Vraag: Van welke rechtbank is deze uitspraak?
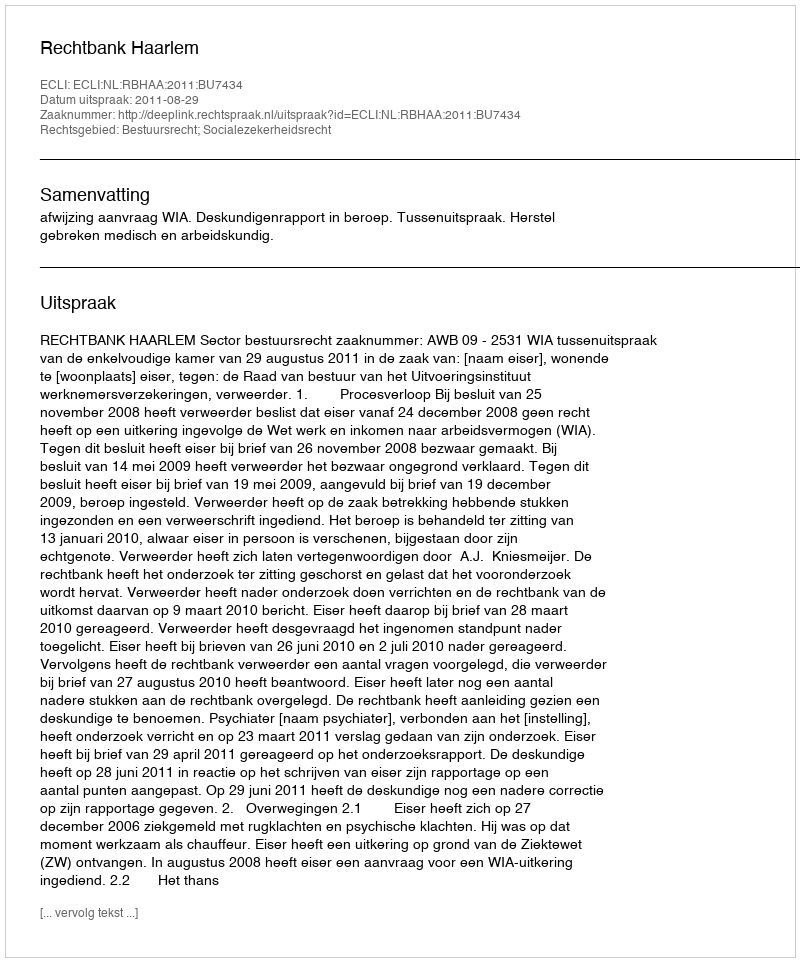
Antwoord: Rechtbank Haarlem